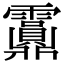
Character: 𩇂